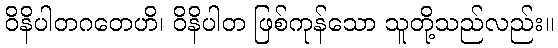
ဝိနိပါတဂတေဟိ၊ ဝိနိပါတ ဖြစ်ကုန်သော သူတို့သည်လည်း။